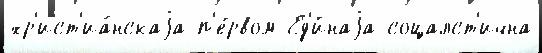
хр'ист'иа́нскаjа п'е́рвом Ед'и́наjа соцалст'ична